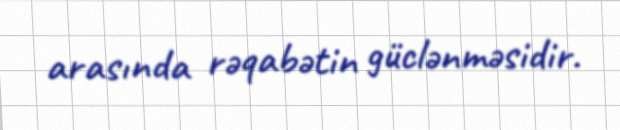
arasında rəqabətin güclənməsidir.